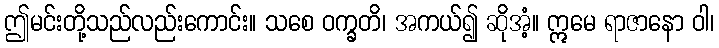
ဤမင်းတို့သည်လည်းကောင်း။ သစေ ဝက္ခတိ၊ အကယ်၍ ဆိုအံ့။ ဣမေ ရာဇာနော ဝါ၊